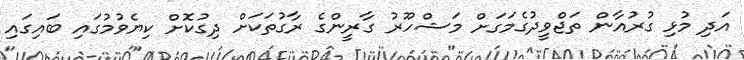
އަދި މުޅި ގުރުއާން ތަޖްވީދުގެމަގަށް މަޝްހޫރު ގާރީންގެ ރާގުތަކަށް ދިގުކޮށް ކިޔެވުމުގައި ބައިގައި